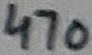
Text: 470